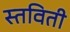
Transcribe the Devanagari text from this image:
स्तविती